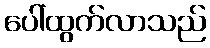
ပေါ်ထွက်လာသည်